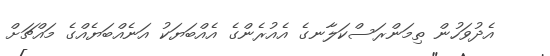
އެދުވަހުން ތިމަންރަސްކަލާނގެ އެއުރެންގެ އެއްބަޔަކު އަނެއްބަޔެއްގެ މައްޗަށް